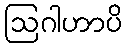
ဩဂါဟာပိ